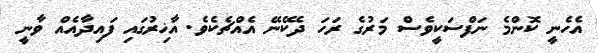
އެހެނީ ކޮންމެ ނަފްސަކީވެސް މަރުގެ ރަހަ ދެކޭނޭ އެއްޗެކެވެ. އާޚިރުގައި ފައިދާއެއް ވާނީ